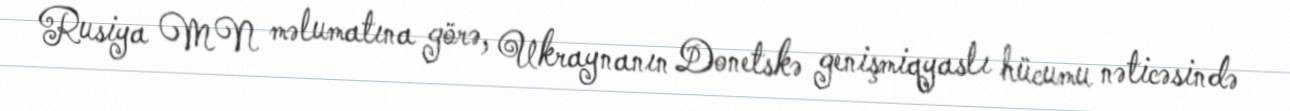
Rusiya MN məlumatına görə, Ukraynanın Donetskə genişmiqyaslı hücumu nəticəsində